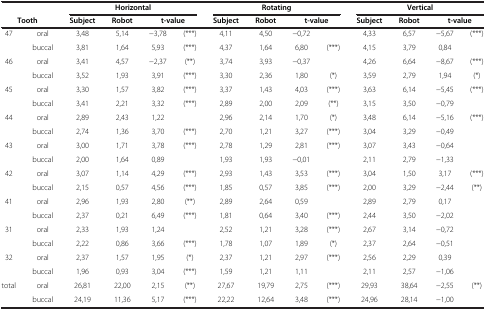
<table><thead><tr><td colspan="2"><b> </b></td><td colspan="4"><b>Horizontal</b></td><td colspan="4"><b>Rotating</b></td><td colspan="4"><b>Vertical</b></td></tr><tr><td colspan="2"><b>Tooth</b></td><td><b>Subject</b></td><td><b>Robot</b></td><td colspan="2"><b>t-value</b></td><td><b>Subject</b></td><td><b>Robot</b></td><td colspan="2"><b>t-value</b></td><td><b>Subject</b></td><td><b>Robot</b></td><td colspan="2"><b>t-value</b></td></tr></thead><tbody><tr><td>47</td><td>oral</td><td>3,48</td><td>5,14</td><td>−3,78</td><td>(***)</td><td>4,11</td><td>4,50</td><td>−0,72</td><td> </td><td>4,33</td><td>6,57</td><td>−5,67</td><td>(***)</td></tr><tr><td> </td><td>buccal</td><td>3,81</td><td>1,64</td><td>5,93</td><td>(***)</td><td>4,37</td><td>1,64</td><td>6,80</td><td>(***)</td><td>4,15</td><td>3,79</td><td>0,84</td><td> </td></tr><tr><td>46</td><td>oral</td><td>3,41</td><td>4,57</td><td>−2,37</td><td>(**)</td><td>3,74</td><td>3,93</td><td>−0,37</td><td> </td><td>4,26</td><td>6,64</td><td>−8,67</td><td>(***)</td></tr><tr><td> </td><td>buccal</td><td>3,52</td><td>1,93</td><td>3,91</td><td>(***)</td><td>3,30</td><td>2,36</td><td>1,80</td><td>(*)</td><td>3,59</td><td>2,79</td><td>1,94</td><td>(*)</td></tr><tr><td>45</td><td>oral</td><td>3,30</td><td>1,57</td><td>3,82</td><td>(***)</td><td>3,37</td><td>1,43</td><td>4,03</td><td>(***)</td><td>3,63</td><td>6,14</td><td>−5,45</td><td>(***)</td></tr><tr><td> </td><td>buccal</td><td>3,41</td><td>2,21</td><td>3,32</td><td>(***)</td><td>2,89</td><td>2,00</td><td>2,09</td><td>(**)</td><td>3,15</td><td>3,50</td><td>−0,79</td><td> </td></tr><tr><td>44</td><td>oral</td><td>2,89</td><td>2,43</td><td>1,22</td><td> </td><td>2,96</td><td>2,14</td><td>1,70</td><td>(*)</td><td>3,48</td><td>6,14</td><td>−5,16</td><td>(***)</td></tr><tr><td> </td><td>buccal</td><td>2,74</td><td>1,36</td><td>3,70</td><td>(***)</td><td>2,70</td><td>1,21</td><td>3,27</td><td>(***)</td><td>3,04</td><td>3,29</td><td>−0,49</td><td> </td></tr><tr><td>43</td><td>oral</td><td>3,00</td><td>1,71</td><td>3,78</td><td>(***)</td><td>2,78</td><td>1,29</td><td>2,81</td><td>(***)</td><td>3,07</td><td>3,43</td><td>−0,64</td><td> </td></tr><tr><td> </td><td>buccal</td><td>2,00</td><td>1,64</td><td>0,89</td><td> </td><td>1,93</td><td>1,93</td><td>−0,01</td><td> </td><td>2,11</td><td>2,79</td><td>−1,33</td><td> </td></tr><tr><td>42</td><td>oral</td><td>3,07</td><td>1,14</td><td>4,29</td><td>(***)</td><td>2,93</td><td>1,43</td><td>3,53</td><td>(***)</td><td>3,04</td><td>1,50</td><td>3,17</td><td>(***)</td></tr><tr><td> </td><td>buccal</td><td>2,15</td><td>0,57</td><td>4,56</td><td>(***)</td><td>1,85</td><td>0,57</td><td>3,85</td><td>(***)</td><td>2,00</td><td>3,29</td><td>−2,44</td><td>(**)</td></tr><tr><td>41</td><td>oral</td><td>2,96</td><td>1,93</td><td>2,80</td><td>(**)</td><td>2,89</td><td>2,64</td><td>0,59</td><td> </td><td>2,89</td><td>2,79</td><td>0,17</td><td> </td></tr><tr><td> </td><td>buccal</td><td>2,37</td><td>0,21</td><td>6,49</td><td>(***)</td><td>1,81</td><td>0,64</td><td>3,40</td><td>(***)</td><td>2,44</td><td>3,50</td><td>−2,02</td><td> </td></tr><tr><td>31</td><td>oral</td><td>2,33</td><td>1,93</td><td>1,24</td><td> </td><td>2,52</td><td>1,21</td><td>3,28</td><td>(***)</td><td>2,67</td><td>3,14</td><td>−0,72</td><td> </td></tr><tr><td> </td><td>buccal</td><td>2,22</td><td>0,86</td><td>3,66</td><td>(***)</td><td>1,78</td><td>1,07</td><td>1,89</td><td>(*)</td><td>2,37</td><td>2,64</td><td>−0,51</td><td> </td></tr><tr><td>32</td><td>oral</td><td>2,37</td><td>1,57</td><td>1,95</td><td>(*)</td><td>2,37</td><td>1,21</td><td>2,97</td><td>(***)</td><td>2,56</td><td>2,29</td><td>0,39</td><td> </td></tr><tr><td> </td><td>buccal</td><td>1,96</td><td>0,93</td><td>3,04</td><td>(***)</td><td>1,59</td><td>1,21</td><td>1,11</td><td> </td><td>2,11</td><td>2,57</td><td>−1,06</td><td> </td></tr><tr><td>total</td><td>oral</td><td>26,81</td><td>22,00</td><td>2,15</td><td>(**)</td><td>27,67</td><td>19,79</td><td>2,75</td><td>(***)</td><td>29,93</td><td>38,64</td><td>−2,55</td><td>(**)</td></tr><tr><td> </td><td>buccal</td><td>24,19</td><td>11,36</td><td>5,17</td><td>(***)</td><td>22,22</td><td>12,64</td><td>3,48</td><td>(***)</td><td>24,96</td><td>28,14</td><td>−1,00</td><td> </td></tr></tbody></table>